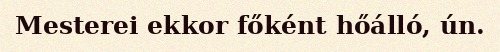
Mesterei ekkor főként hőálló, ún.